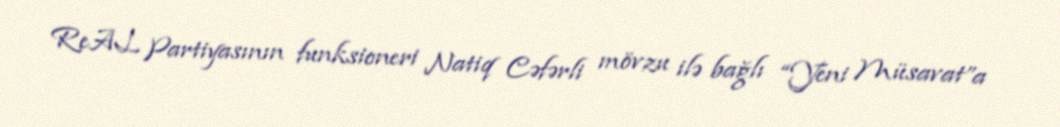
ReAL Partiyasının funksioneri Natiq Cəfərli mövzu ilə bağlı “Yeni Müsavat”a